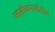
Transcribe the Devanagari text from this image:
जातीजमातीतील